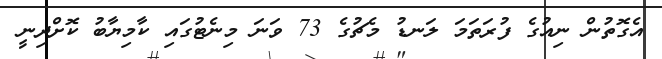
އެގޮތުން ނިއުގެ ފުރަތަމަ ލަނޑު މެޗުގެ 73 ވަނަ މިނެޓުގައި ކާމިޔާބު ކޮށްދިނީ